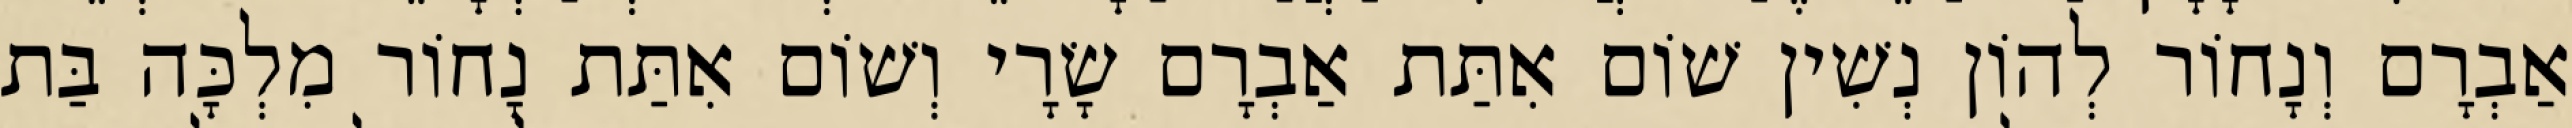
אַבְרָם וְנָחוֹר לְהוֹן נְשִׁין שׁוֹם אִתַּת אַבְרָם שָׂרָי וְשׁוֹם אִתַּת נָחוֹר מִלְכָּה בַּת